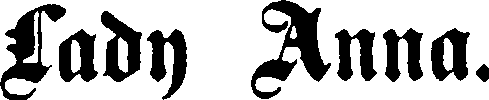
Lady Anna.